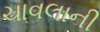
ચાવલાની